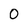
Character: 0